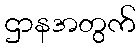
ဌာနအတွက်